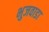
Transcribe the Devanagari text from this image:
भुजवाडा